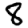
Digit: 8